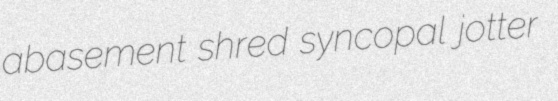
abasement shred syncopal jotter